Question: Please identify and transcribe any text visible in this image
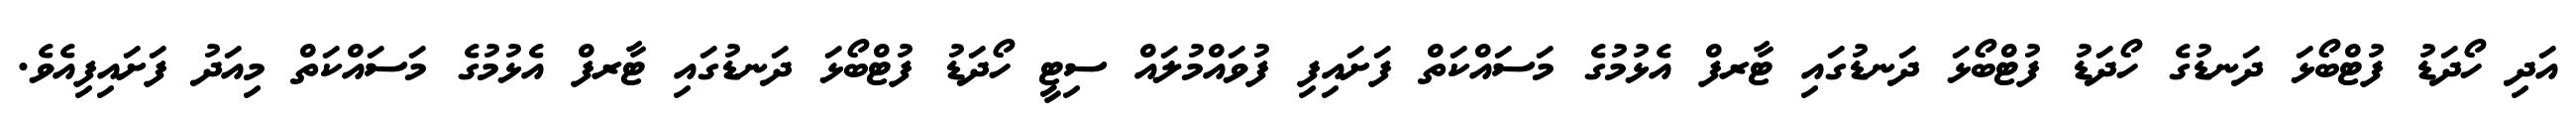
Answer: އަދި ހޯދަޑު ފުޓްބޯޅަ ދަނޑުގެ ހޯދަޑު ފުޓްބޯޅަ ދަނޑުގައި ޓާރފް އެޅުމުގެ މަސައްކަތް ފަށައިފި ފުވައްމުލައް ސިޓީ ހޯދަޑު ފުޓްބޯޅަ ދަނޑުގައި ޓާރފް އެޅުމުގެ މަސައްކަތް މިއަދު ފަށައިފިއެވެ.